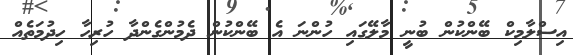
އިސްލާމިކް ބޭންކުން ބުނީ މާލޭގައި ހުންނަ އެ ބޭންކުން ދެމުންގެންދާ ހުރިހާ ހިދުމަތެއް